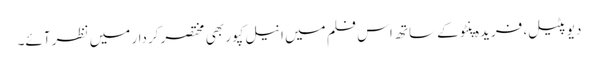
دیو پٹیل، فریدہ پنٹو کے ساتھ اس فلم میں انیل کپور بھی مختصر کردار میں نظر آئے۔